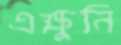
এক্ষুনি